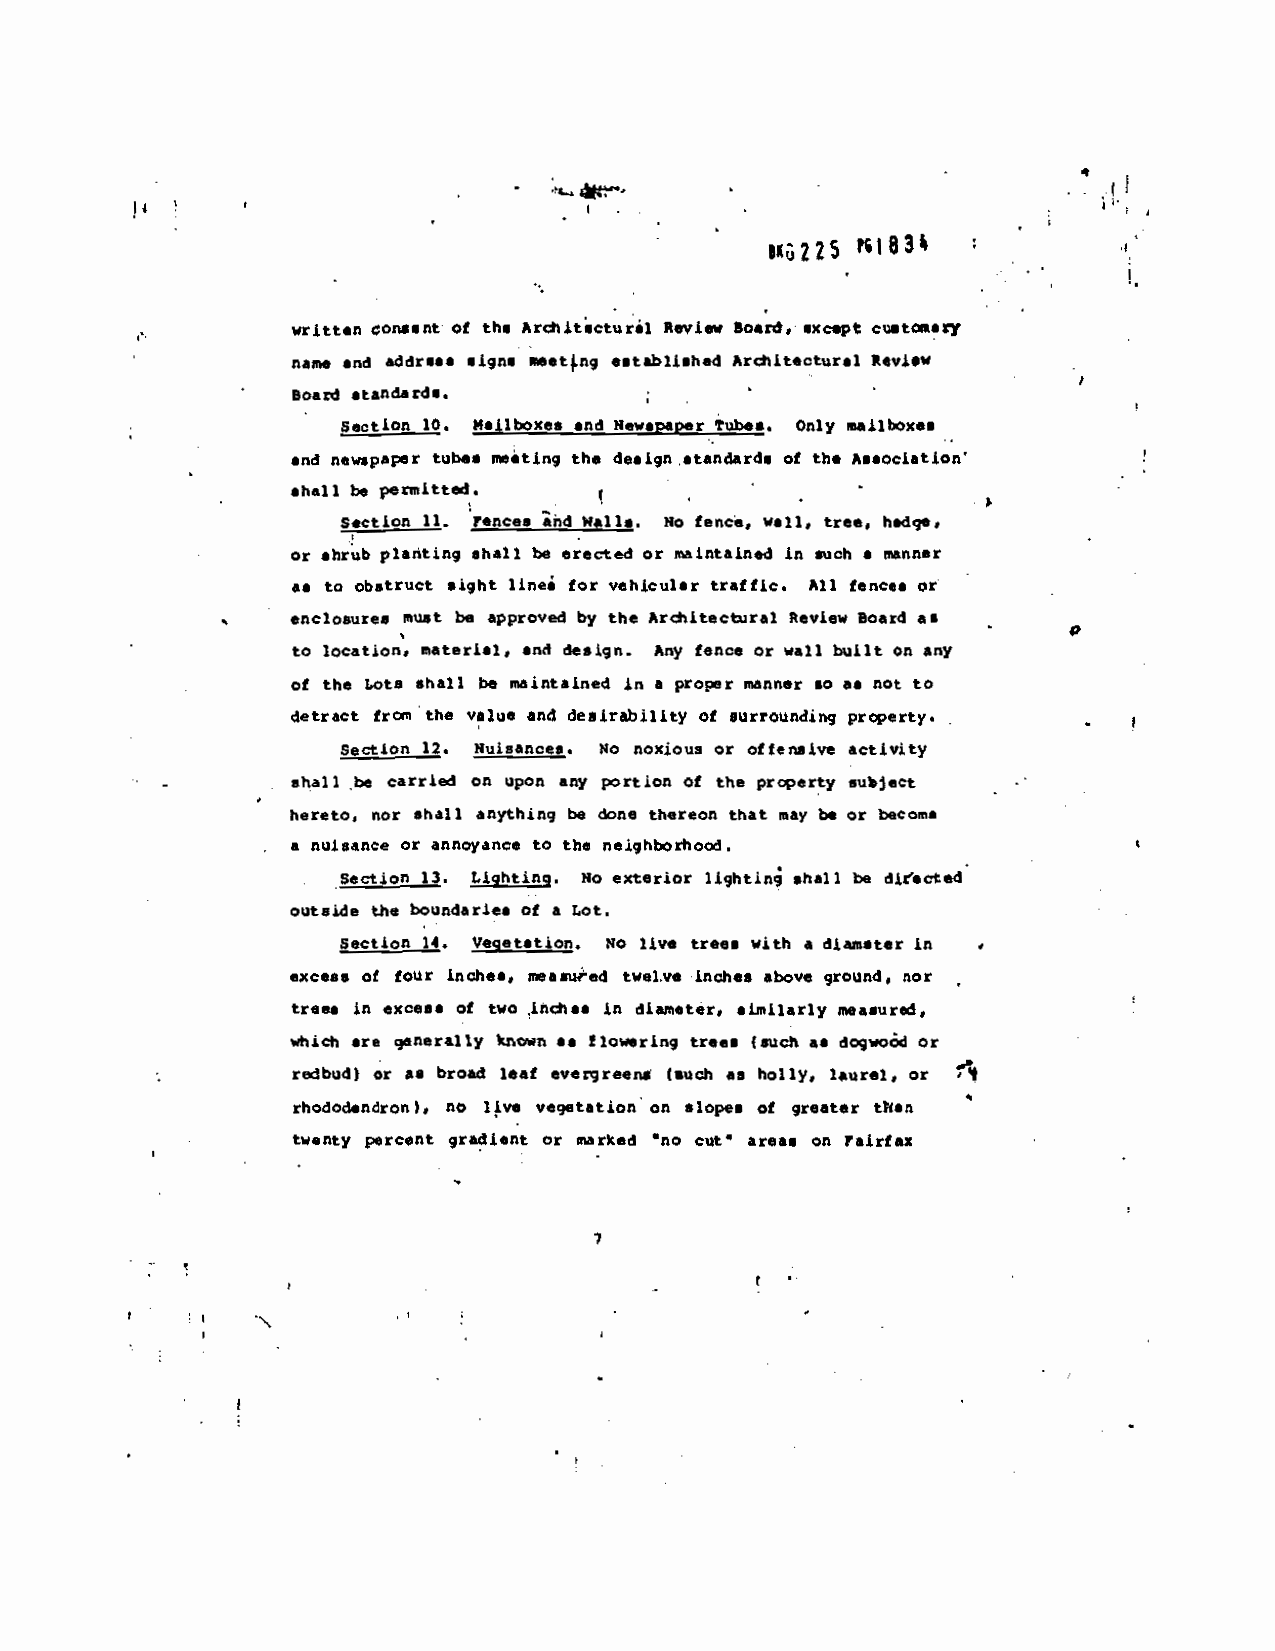
-         4
 ?U83
 ,*G225
 written consent of U,. Ardljücturjl Review ScaM, except cu.taxy
 flame and address signs setjnq •st.bli.h.d Architectural Review
 Board standards.
 Section 10. Mailboxes and Newspaper ubes. Only mailboxes
 and newspaper tubes neâting the design standards of the Association
 shall be pernitted.
 Section II. fences and Wall.. No fend, wall, tree, hedge.
 or shrub planting ehal I be erected or maintained in such
 a n%annsr
 as to obstruct sight linei for vehicular traffic. All fence, or -
 enclosure. nust be approved by the Architectural Review Board as
 to location'. material, and design. Any fence
 or Wall built on any
 of the Lots shall be maintained in a proper
 manner so as not to
 detract fra, the vilue and desirability of
 •urroundj preperty. -
 Section 12. Nuisance,. No noxious or offensive activity
 shall be carried on Upon any portion of the
 property subject
 hereto, nor shall anything be done thereon that
 may be or become
 a nuisance or annoyance to th, neighborhood.
 section 13. Lighting.
 No exterior lightin shall be dir'.cted
 outside the boundarie, of a Lot.
 section ii.
 Vegetation. No live trees with a diaa.t.r in
 excess of four inches, measured twelve inches
 above grOund, nor
 trees in excess of two inches
 in diameter, slaijarly measured,
 which are generally tMn
 Is flowering trees (such as dogwood or
 redbud) or I. broad leaf evergreen. (such a, holly, laurel, or fl
 rhododendron), no live vegetation on slope, of greater than
 twenty percent gradient or marked no cut- areac
 on Fairfax
 7
 p                                                              p